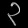
Digit: ၃